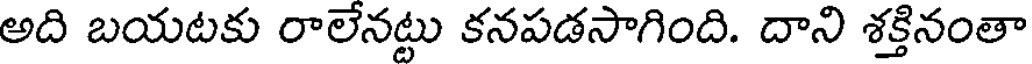
అది బయటకు రాలేనట్టు కనపడసాగింది. దాని శక్తినంతా